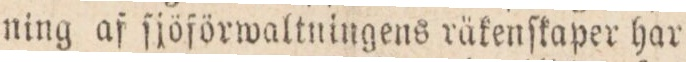
ning af ſjöförwaltningens räkenſkaper har